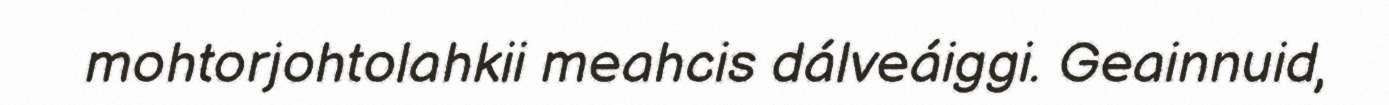
mohtorjohtolahkii meahcis dálveáiggi. Geainnuid,